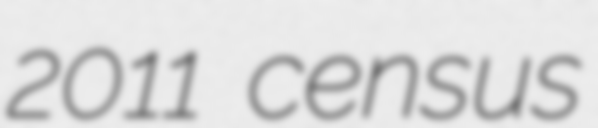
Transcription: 2011 census